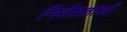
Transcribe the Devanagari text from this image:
निर्दष्टताओं